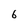
Character: 6